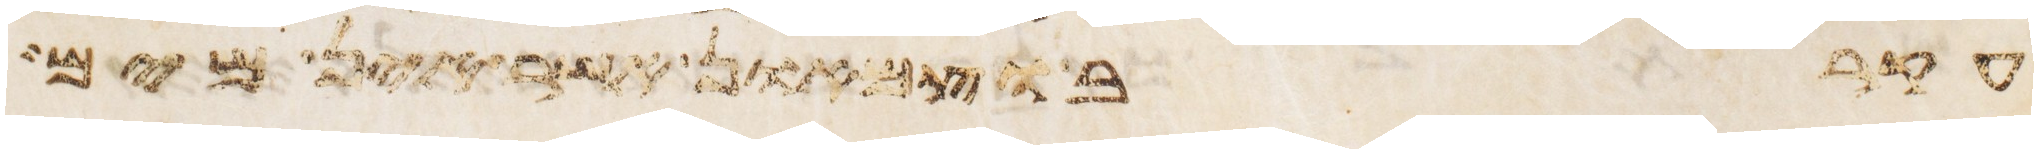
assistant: עקרב וצמאון אשר אין מים